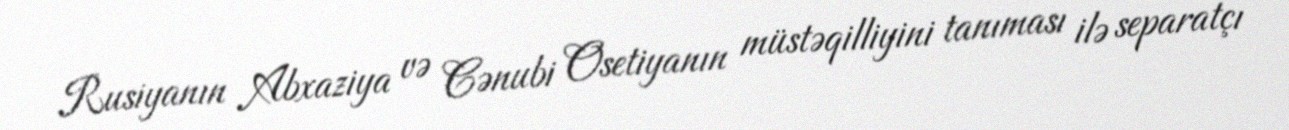
Rusiyanın Abxaziya və Cənubi Osetiyanın müstəqilliyini tanıması ilə separatçı